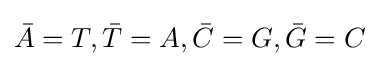
{\bar {A}}=T,{\bar {T}}=A,{\bar {C}}=G,{\bar {G}}=C